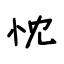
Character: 忱